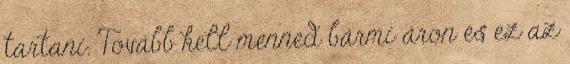
tartani. Tovább kell menned bármi áron és ez az